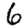
Digit: 6